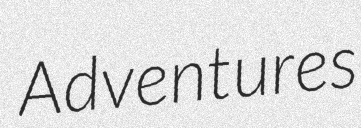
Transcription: Adventures